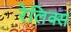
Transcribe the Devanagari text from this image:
रेलिक्स